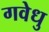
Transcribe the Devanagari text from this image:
गवेधु